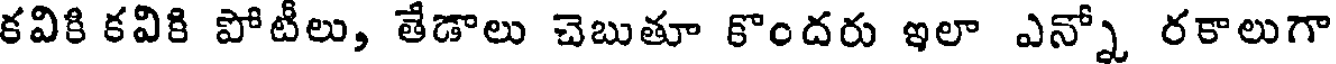
కవికి కవికి పోటీలు, తేడాలు చెబుతూ కొందరు ఇలా ఎన్నో రకాలుగా